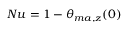
N u = 1 - \theta _ { m a , z } ( 0 )